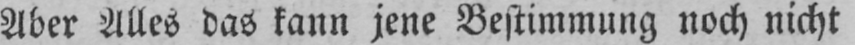
Aber Alles das kann jene Bestimmung noch nicht